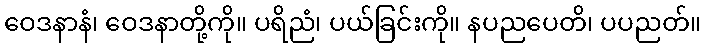
ဝေဒနာနံ၊ ဝေဒနာတို့ကို။ ပရိညံ၊ ပယ်ခြင်းကို။ နပညပေတိ၊ ပပညတ်။